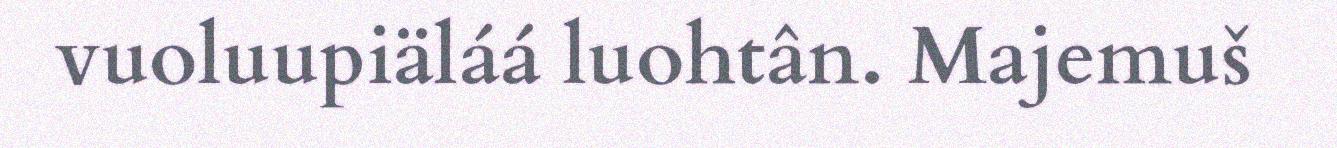
vuoluupiäláá luohtân. Majemuš